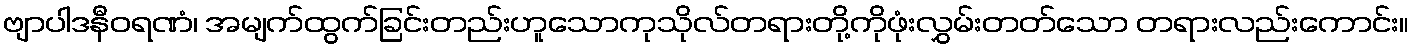
ဗျာပါဒနီဝရဏံ၊ အမျက်ထွက်ခြင်းတည်းဟူသောကုသိုလ်တရားတို့ကိုဖုံးလွှမ်းတတ်သော တရားလည်းကောင်း။